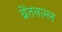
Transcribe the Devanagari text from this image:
ब्रेंतनल्ल